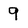
Character: 9